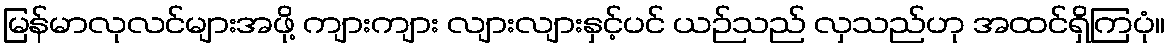
မြန်မာလုလင်များအဖို့ ကျားကျား လျားလျားနှင့်ပင် ယဉ်သည် လှသည်ဟု အထင်ရှိကြပုံ။